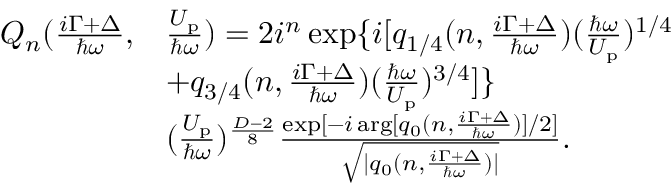
\begin{array} { r l } { Q _ { n } ( \frac { i \Gamma + \Delta } { \hbar \omega } , } & { \frac { U _ { \mathrm { p } } } { \hbar \omega } ) = 2 i ^ { n } \exp \{ i [ q _ { 1 / 4 } ( n , \frac { i \Gamma + \Delta } { \hbar \omega } ) ( \frac { \hbar \omega } { U _ { \mathrm { p } } } ) ^ { 1 / 4 } } \\ & { + q _ { 3 / 4 } ( n , \frac { i \Gamma + \Delta } { \hbar \omega } ) ( \frac { \hbar \omega } { U _ { \mathrm { p } } } ) ^ { 3 / 4 } ] \} } \\ & { ( \frac { U _ { \mathrm { p } } } { \hbar \omega } ) ^ { \frac { D - 2 } { 8 } } \frac { \exp [ - i \arg [ q _ { 0 } ( n , \frac { i \Gamma + \Delta } { \hbar \omega } ) ] / 2 ] } { \sqrt { | q _ { 0 } ( n , \frac { i \Gamma + \Delta } { \hbar \omega } ) | } } . } \end{array}